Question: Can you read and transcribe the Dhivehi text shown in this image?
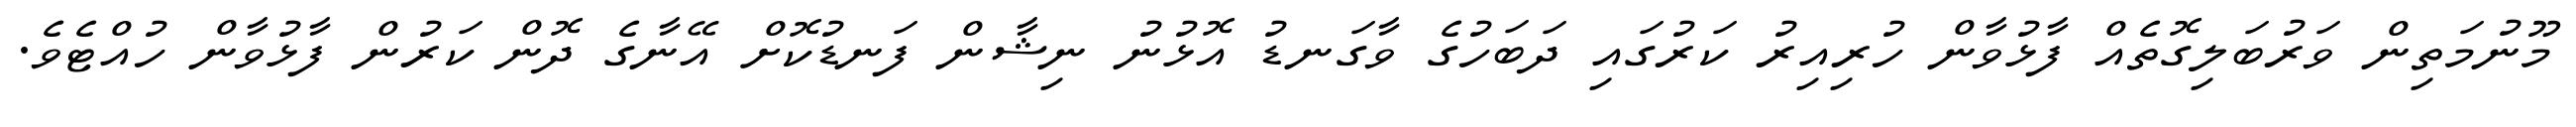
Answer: މޫނުމަތިން ވަރުބަލިގޮތެއް ފާޅުވާން ހުރިއިރު ކަރުގައި ދަބަހުގެ ވާގަނޑު އޮޅުނު ނިޝާން ފަނޑުކޮށް އޭނާގެ ދޮން ކަރުން ފާޅުވާން ހުއްޓެވެ.